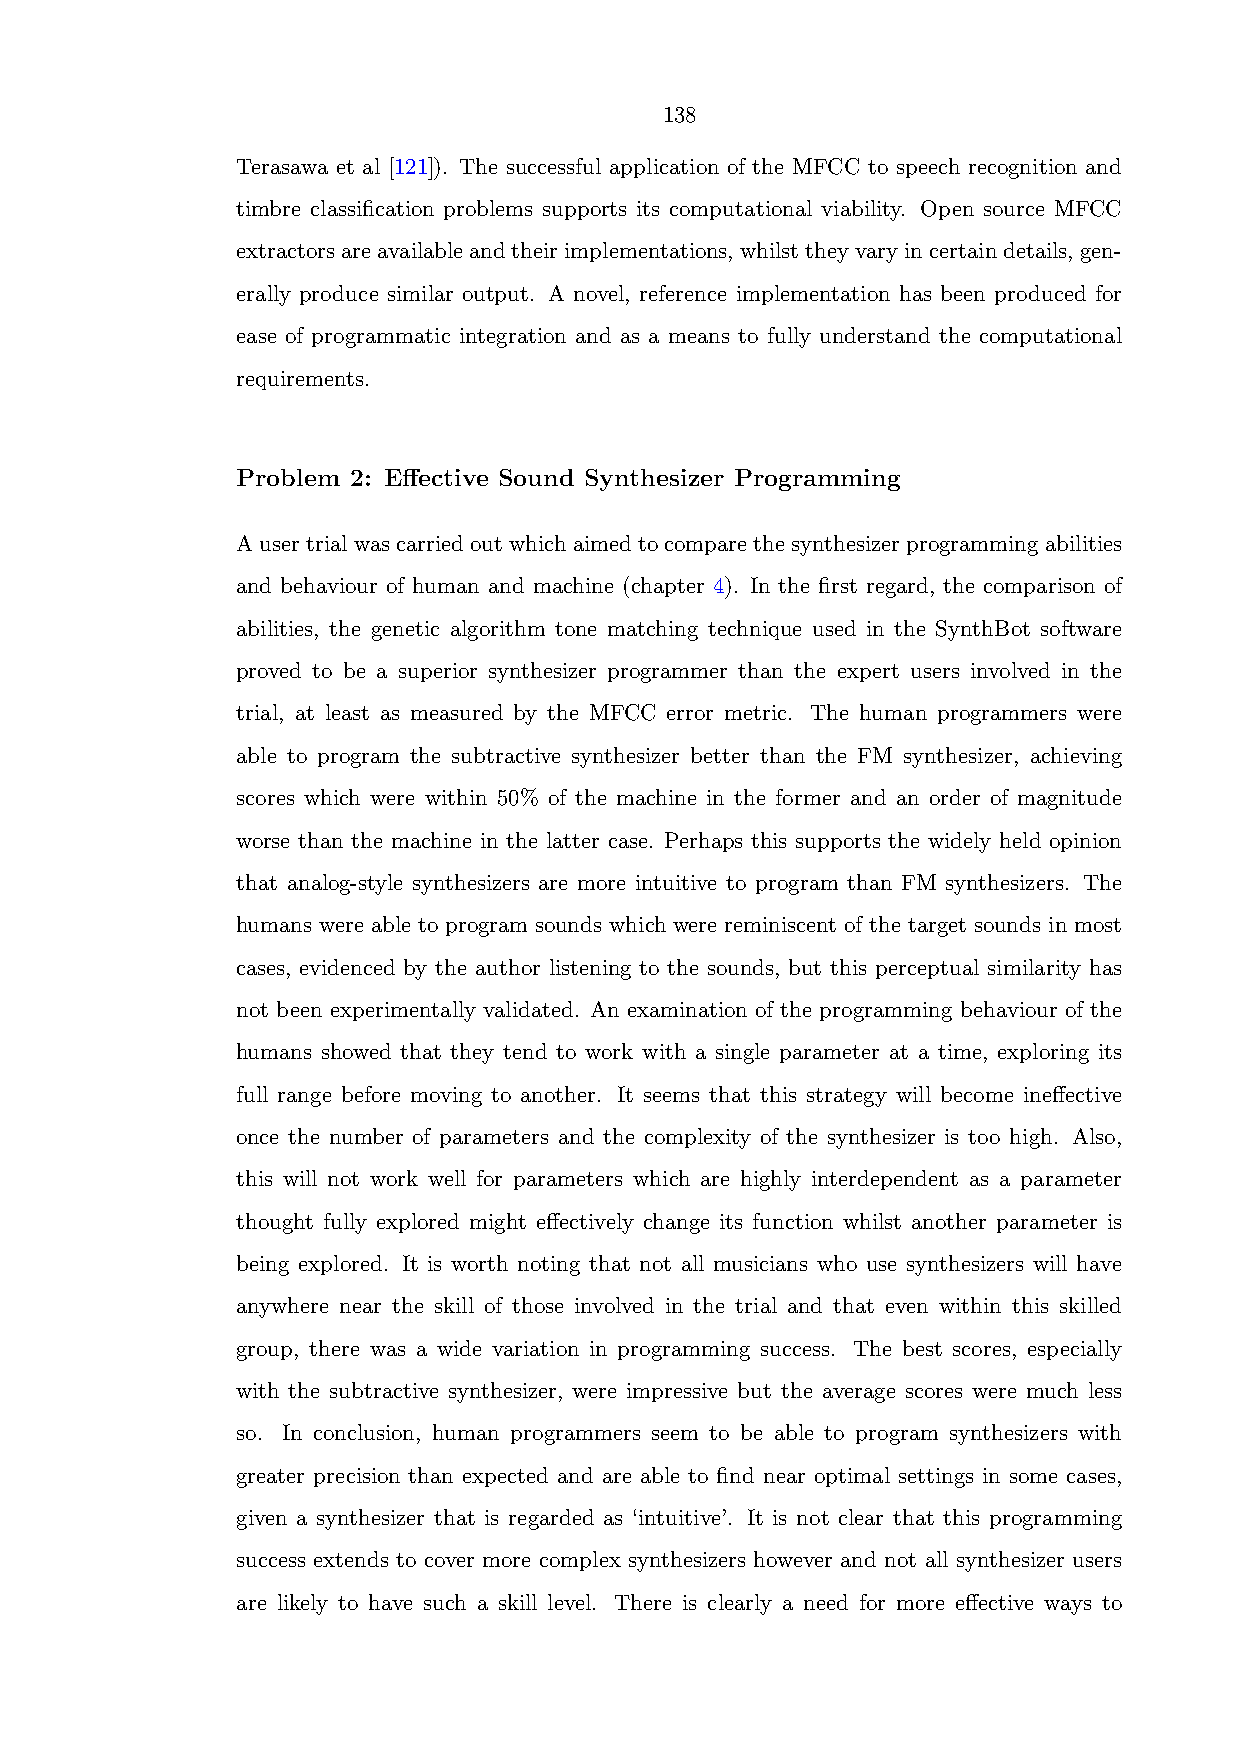
138
 Terasawa et al [121]). The successful application of the MFCC to speech recognition and
 timbre classification problems supports its computational viability. Open source MFCC
 extractorsareavailableandtheirimplementations,whilsttheyvaryincertaindetails,gen-
 erally produce similar output. A novel, reference implementation has been produced for
 ease of programmatic integration and as a means to fully understand the computational
 requirements.
 Problem 2: Effective Sound Synthesizer Programming
 Ausertrialwascarriedoutwhichaimedtocomparethesynthesizerprogrammingabilities
 and behaviour of human and machine (chapter 4). In the first regard, the comparison of
 abilities, the genetic algorithm tone matching technique used in the SynthBot software
 proved to be a superior synthesizer programmer than the expert users involved in the
 trial, at least as measured by the MFCC error metric. The human programmers were
 able to program the subtractive synthesizer better than the FM synthesizer, achieving
 scores which were within 50% of the machine in the former and an order of magnitude
 worse than the machine in the latter case. Perhaps this supports the widely held opinion
 that analog-style synthesizers are more intuitive to program than FM synthesizers. The
 humans were able to program sounds which were reminiscent of the target sounds in most
 cases, evidenced by the author listening to the sounds, but this perceptual similarity has
 not been experimentally validated. An examination of the programming behaviour of the
 humans showed that they tend to work with a single parameter at a time, exploring its
 full range before moving to another. It seems that this strategy will become ineffective
 once the number of parameters and the complexity of the synthesizer is too high. Also,
 this will not work well for parameters which are highly interdependent as a parameter
 thought fully explored might effectively change its function whilst another parameter is
 being explored. It is worth noting that not all musicians who use synthesizers will have
 anywhere near the skill of those involved in the trial and that even within this skilled
 group, there was a wide variation in programming success. The best scores, especially
 with the subtractive synthesizer, were impressive but the average scores were much less
 so. In conclusion, human programmers seem to be able to program synthesizers with
 greater precision than expected and are able to find near optimal settings in some cases,
 given a synthesizer that is regarded as ‘intuitive’. It is not clear that this programming
 success extends to cover more complex synthesizers however and not all synthesizer users
 are likely to have such a skill level. There is clearly a need for more effective ways to